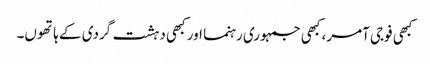
کبھی فوجی آمر، کبھی جمہوری رہنما اور کبھی دہشت گردی کے ہاتھوں۔